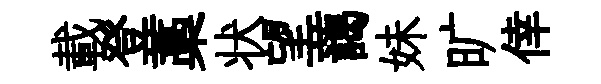
載登藁状望藹妹旷倖